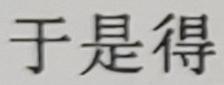
于是得